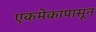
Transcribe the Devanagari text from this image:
एकमेकापासून